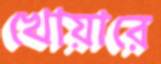
খোয়ারে